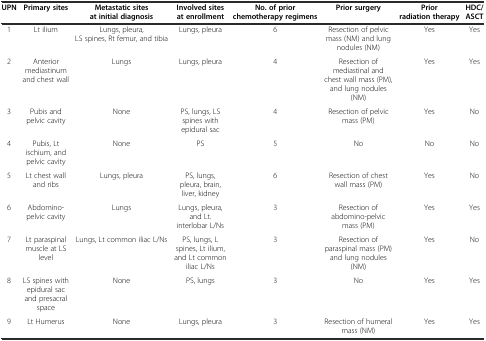
<table><thead><tr><td><b>UPN</b></td><td><b>Primary sites</b></td><td><b>Metastatic sites at initial diagnosis</b></td><td><b>Involved sites at enrollment</b></td><td><b>No. of prior chemotherapy regimens</b></td><td><b>Prior surgery</b></td><td><b>Prior radiation therapy</b></td><td><b>HDC/ASCT</b></td></tr></thead><tbody><tr><td>1</td><td>Lt ilium</td><td>Lungs, pleura, LS spines, Rt femur, and tibia</td><td>Lungs, pleura</td><td>6</td><td>Resection of pelvic mass (NM) and lung nodules (NM)</td><td>Yes</td><td>Yes</td></tr><tr><td>2</td><td>Anterior mediastinum and chest wall</td><td>Lungs</td><td>Lungs, pleura</td><td>4</td><td>Resection of mediastinal and chest wall mass (PM), and lung nodules (NM)</td><td>Yes</td><td>Yes</td></tr><tr><td>3</td><td>Pubis and pelvic cavity</td><td>None</td><td>PS, lungs, LS spines with epidural sac</td><td>4</td><td>Resection of pelvic mass (PM)</td><td>Yes</td><td>No</td></tr><tr><td>4</td><td>Pubis, Lt ischium, and pelvic cavity</td><td>None</td><td>PS</td><td>5</td><td>No</td><td>No</td><td>No</td></tr><tr><td>5</td><td>Lt chest wall and ribs</td><td>Lungs, pleura</td><td>PS, lungs, pleura, brain, liver, kidney</td><td>6</td><td>Resection of chest wall mass (PM)</td><td>Yes</td><td>No</td></tr><tr><td>6</td><td>Abdomino-pelvic cavity</td><td>Lungs</td><td>Lungs, pleura, and Lt. interlobar L/Ns</td><td>3</td><td>Resection of abdomino-pelvic mass (PM)</td><td>Yes</td><td>Yes</td></tr><tr><td>7</td><td>Lt paraspinal muscle at LS level</td><td>Lungs, Lt common iliac L/Ns</td><td>PS, lungs, L spines, Lt ilium, and Lt common iliac L/Ns</td><td>3</td><td>Resection of paraspinal mass (PM) and lung nodules (NM)</td><td>Yes</td><td>No</td></tr><tr><td>8</td><td>LS spines with epidural sac and presacral space</td><td>None</td><td>PS, lungs</td><td>3</td><td>No</td><td>Yes</td><td>Yes</td></tr><tr><td>9</td><td>Lt Humerus</td><td>None</td><td>Lungs, pleura</td><td>3</td><td>Resection of humeral mass (NM)</td><td>Yes</td><td>Yes</td></tr></tbody></table>